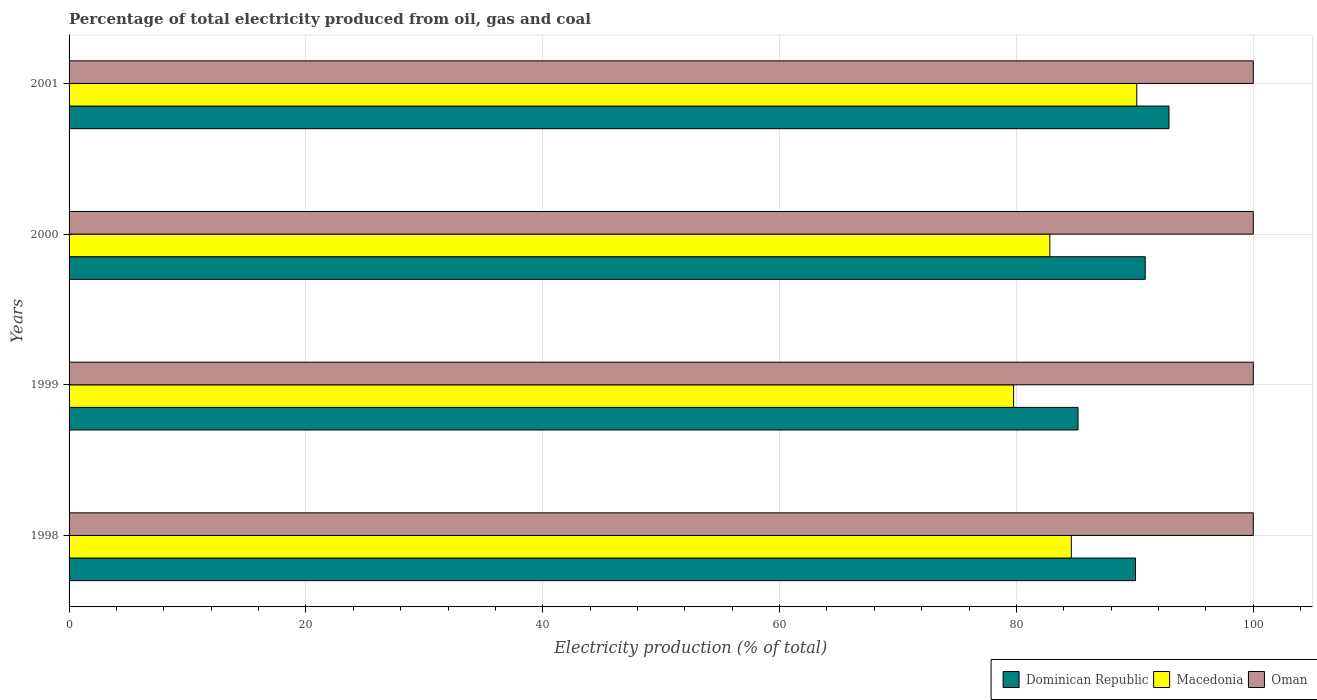
| Years | Dominican Republic | Macedonia | Oman |
 | --- | --- | --- | --- |
 | 1998 | 90.1 | 84.6 | 100 |
 | 1999 | 85.2 | 79.8 | 100 |
 | 2000 | 90.9 | 82.8 | 100 |
 | 2001 | 92.9 | 90.2 | 100 |